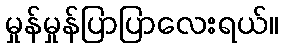
မှုန်မှုန်ပြာပြာလေးရယ်။